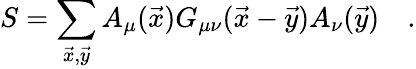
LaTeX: S=\sum_{\vec{x},\vec{y}}A_{\mu}(\vec{x})G_{\mu\nu}(\vec{x}-\vec{y})A_{\nu}(\vec{y})\quad.